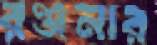
রঞ্জনার